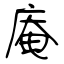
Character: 庵